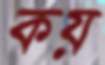
কয়